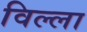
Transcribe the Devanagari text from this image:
विल्‍ला